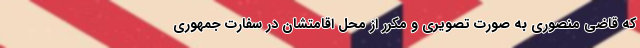
که قاضی منصوری به صورت تصویری و‌ مکرر از محل اقامتشان در سفارت جمهوری